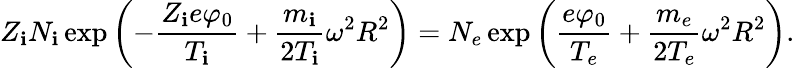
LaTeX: Z_{\mathbf{i}}N_{\mathbf{i}}\exp\left(-\frac{{Z_{\mathbf{i}}e\varphi_{0}}}{{T_{\mathbf{i}}}}+\frac{{m_{\mathbf{i}}}}{{2T_{\mathbf{i}}}}\omega^{2}R^{2}\right)=N_{e}\exp\left(\frac{{e\varphi_{0}}}{{T_{e}}}+\frac{{m_{e}}}{{2T_{e}}}\omega^{2}R^{2}\right).